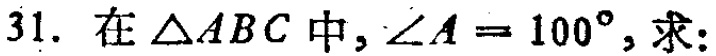
在$\triangle ABC$中，$\angle A = 100^{\circ}$，求: